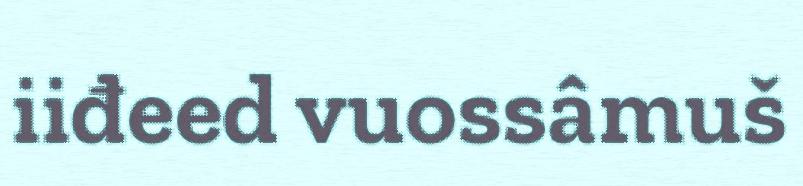
iiđeed vuossâmuš